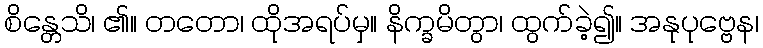
စိန္တေသိ၊ ၏။ တတော၊ ထိုအရပ်မှ။ နိက္ခမိတွာ၊ ထွက်ခဲ့၍။ အနုပုဗ္ဗေန၊